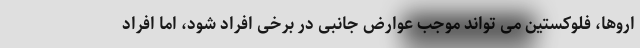
اروها، فلوکستین می تواند موجب عوارض جانبی در برخی افراد شود، اما افراد